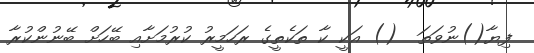
ފިޔާ()ނުވަތަ  () އަކީ ކާ ތަކެތީގެ ރަހަމީރު ކުރުމަށާއި ބޭހަށް ބޭނުންކުރާ